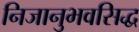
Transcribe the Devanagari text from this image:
निजानुभवसिद्ध